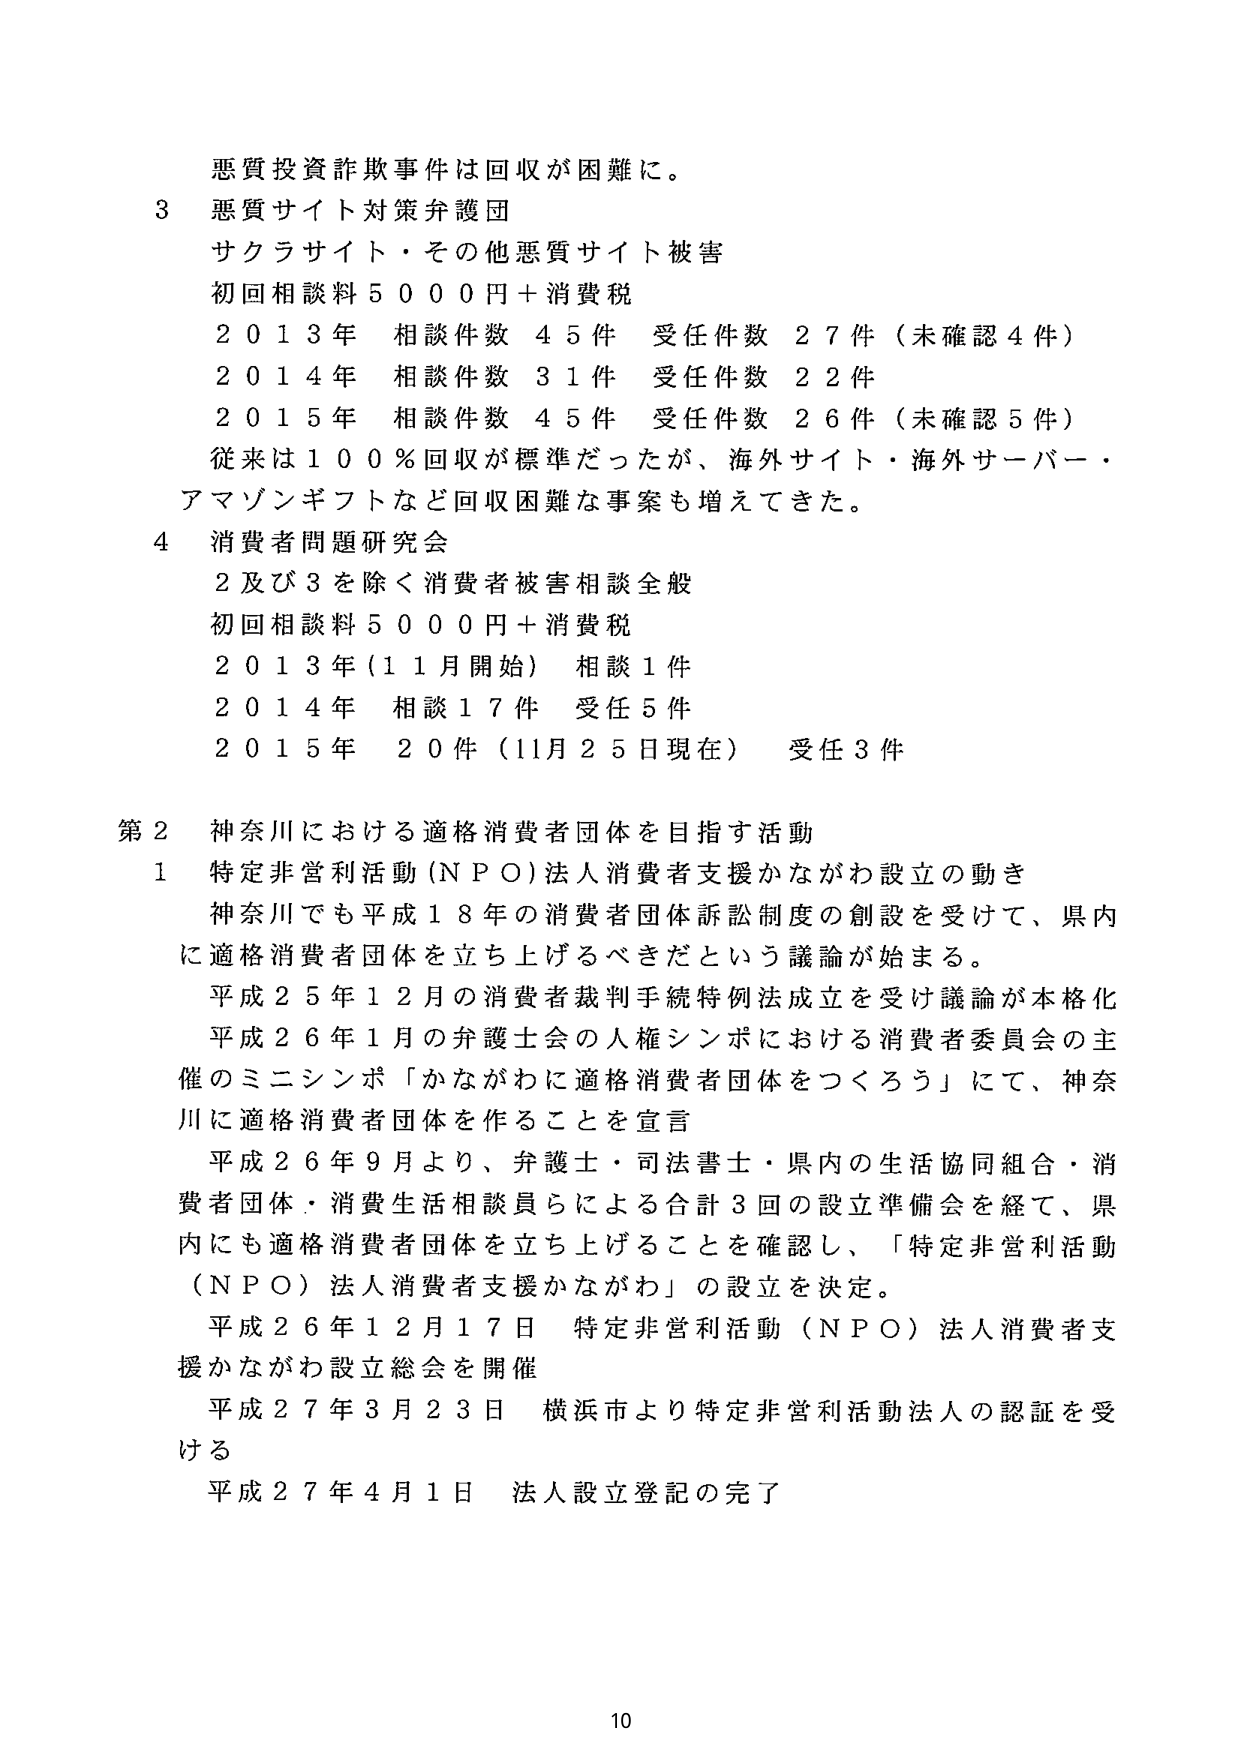
悪質投資詐欺事件は回収が困難に。

3 悪質サイト対策弁護団
サクラサイト・その他悪質サイト被害
初回相談料 5000円＋消費税
2013年 相談件数 45件 受任件数 27件（未確認4件）
2014年 相談件数 31件 受任件数 22件
2015年 相談件数 45件 受任件数 26件（未確認5件）
従来は100％回収が標準だったが、海外サイト・海外サーバー・
アマゾンギフトなど回収困難な事案も増えてきた。

4 消費者問題研究会
2及び3を除く消費者被害相談全般
初回相談料 5000円＋消費税
2013年（11月開始） 相談1件
2014年 相談17件 受任5件
2015年 20件（11月25日現在） 受任3件

第2 神奈川における適格消費者団体を目指す活動
1 特定非営利活動（NPO）法人消費者支援かながわ設立の動き
神奈川でも平成18年の消費者団体訴訟制度の創設を受けて、県内
に適格消費者団体を立ち上げるべきだという議論が始まる。
平成25年12月の消費者裁判手続特例法成立を受け議論が本格化
平成26年1月の弁護士会の人権シンポにおける消費者委員会の主
催のミニシンポ「かながわに適格消費者団体をつくろう」にて、神奈
川に適格消費者団体を作ることを宣言
平成26年9月より、弁護士・司法書士・県内の生活協同組合・消
費者団体・消費生活相談員らによる合計3回の設立準備会を経て、県
内にも適格消費者団体を立ち上げることを確認し、「特定非営利活動
（NPO）法人消費者支援かながわ」の設立を決定。
平成26年12月17日 特定非営利活動（NPO）法人消費者支
援かながわ設立総会を開催
平成27年3月23日 横浜市より特定非営利活動法人の認証を受
ける
平成27年4月1日 法人設立登記の完了

10